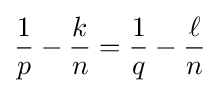
{\frac {1}{p}}-{\frac {k}{n}}={\frac {1}{q}}-{\frac {\ell }{n}}